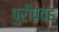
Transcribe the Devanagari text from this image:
पुरीषवह